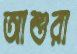
আশুরা